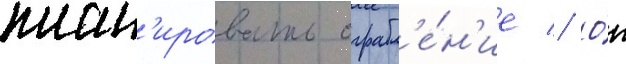
план'ировать ограбл'е́н'ие // О́н